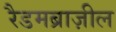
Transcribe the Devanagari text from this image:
रैडमब्राज़ील